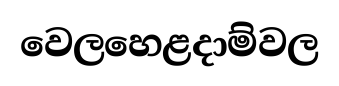
වෙලහෙළදාම්වල